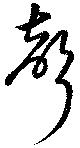
聲